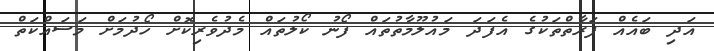
އަދި ބައެއް ފަރާތްތަކުގެ އެފަދަ މައުލޫމާތުތައް ފޯނު ކޯލުތައް މެދުވެރިކޮށް ހޯދުމަށް މަސައްކަތް